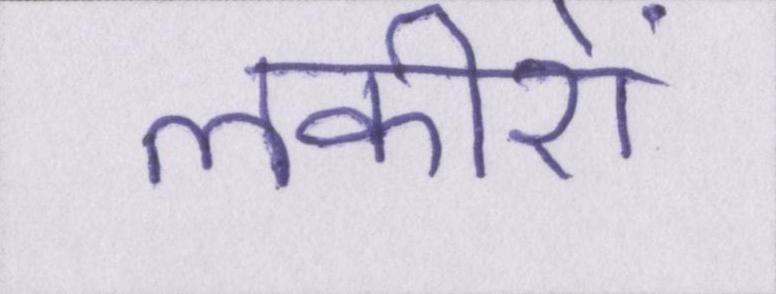
लकीरों